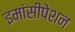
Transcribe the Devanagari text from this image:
इमांसीपेशन